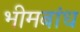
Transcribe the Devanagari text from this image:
भीमबांध